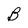
Character: B